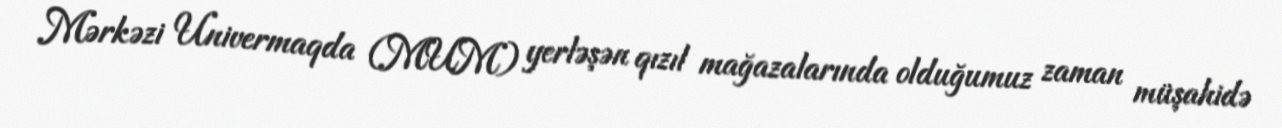
Mərkəzi Univermaqda (MUM) yerləşən qızıl mağazalarında olduğumuz zaman müşahidə